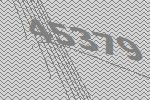
45379